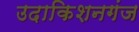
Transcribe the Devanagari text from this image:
उदाकिशनगंज